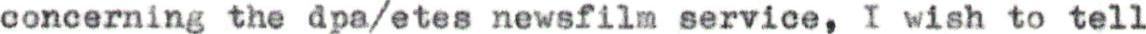
concerning the dpa/etes newsfilm service, I wish to tell